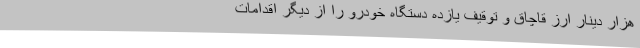
هزار دینار ارز قاچاق و توقیف یازده دستگاه خودرو را از دیگر اقدامات